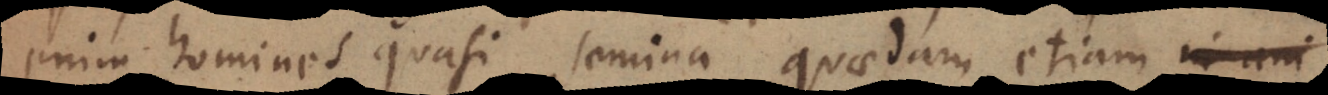
enim homines quasi semina quaedam etiam in